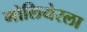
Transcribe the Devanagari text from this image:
मोलियेरला